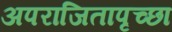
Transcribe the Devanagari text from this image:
अपराजितापृच्छा